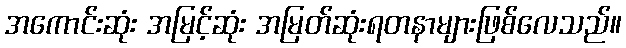
အကောင်းဆုံး အမြင့်ဆုံး အမြတ်ဆုံးရတနာများဖြစ်လေသည်။